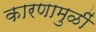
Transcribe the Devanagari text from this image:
कारणामुळीं